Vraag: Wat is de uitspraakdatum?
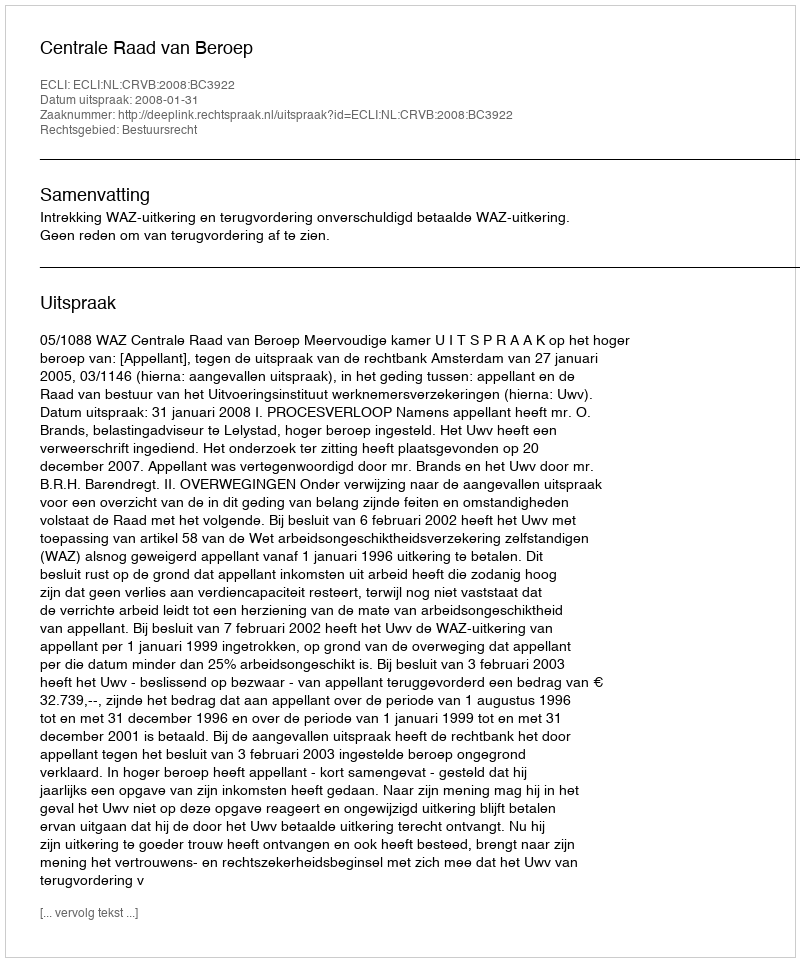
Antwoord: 2008-01-31